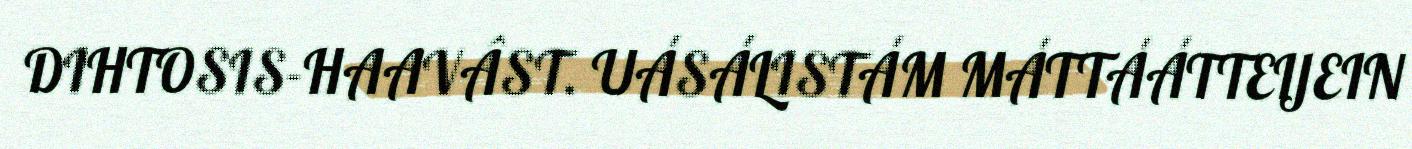
DIHTOSIS-HAAVÂST. UÁSÁLISTÁM MÁTTÁÁTTEIJEIN